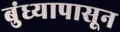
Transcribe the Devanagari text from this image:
बुंध्यापासून